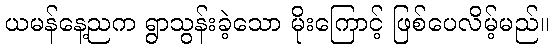
ယမန်နေ့ညက ရွာသွန်းခဲ့သော မိုးကြောင့် ဖြစ်ပေလိမ့်မည်။